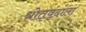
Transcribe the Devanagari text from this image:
श्रोतृवृंदाला